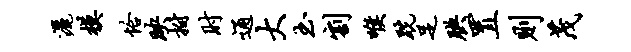
洒模恰映拊肘通大玉割喉跣足腆置则茂